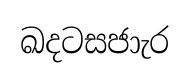
ඛදටසජාැර